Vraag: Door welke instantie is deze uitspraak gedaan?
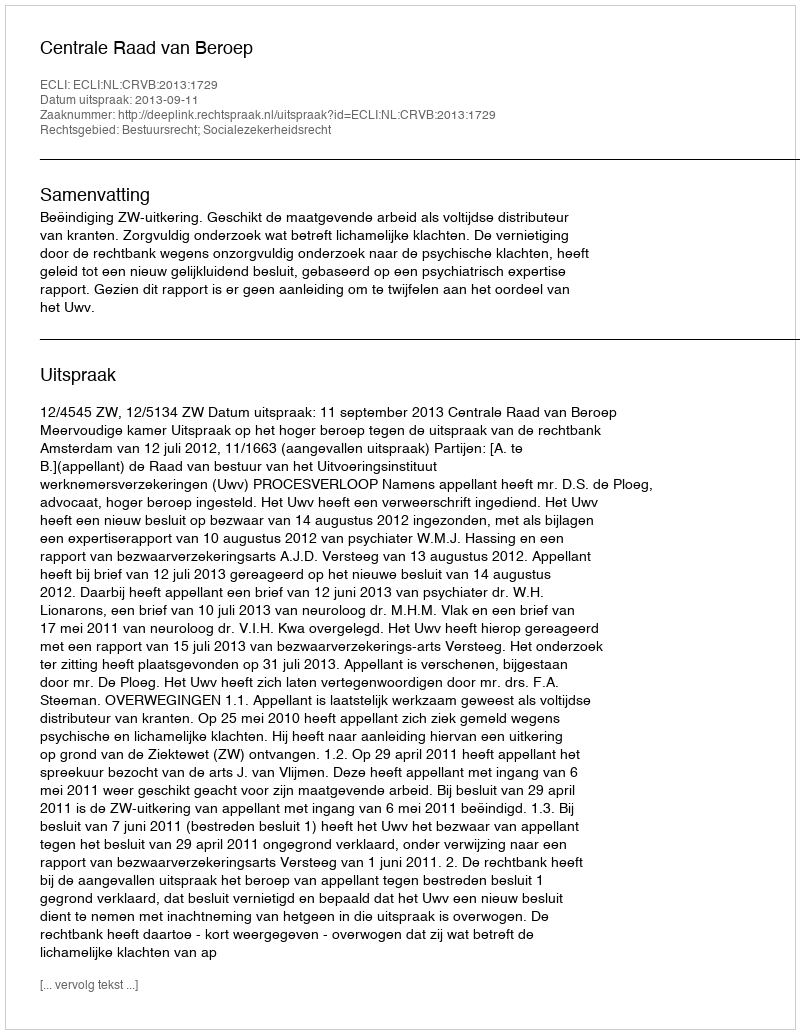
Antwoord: Centrale Raad van Beroep